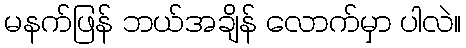
မနက်ဖြန် ဘယ်အချိန် လောက်မှာ ပါလဲ။